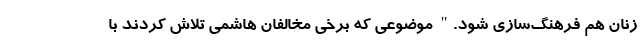
زنان هم فرهنگ‌سازی شود." موضوعی که برخی مخالفان هاشمی تلاش کردند با